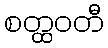
စတ္ထဝတီ